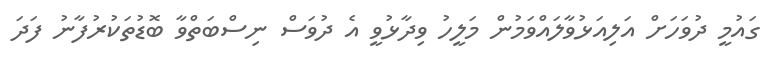
ގައުމީ ދުވަހަށް އަލިއަޅުވާލައްވަމުން މަލީހު ވިދާޅުވީ އެ ދުވަސް ނިސްބަތްވާ ބޮޑުތަކުރުފާނު ފަދަ